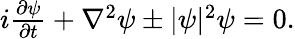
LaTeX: \begin{array}{r}{i\frac{\partial\psi}{\partial t}+\nabla^{2}\psi\pm|\psi|^{2}\psi=0.}\end{array}